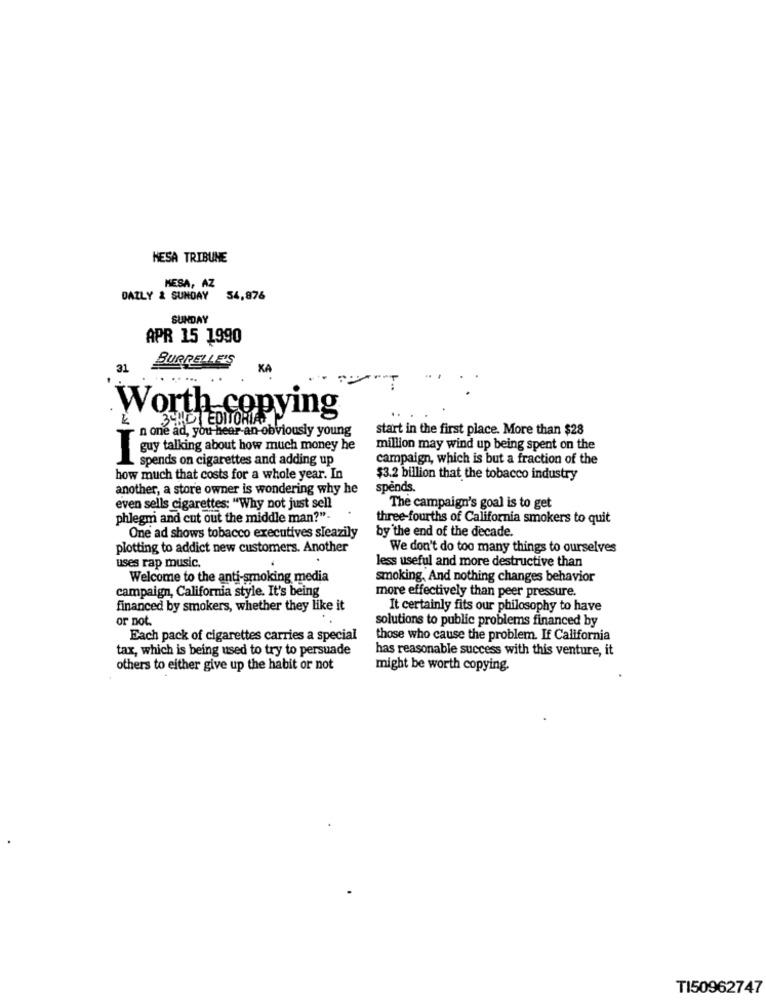
HESA TRIBUNE
MESA, AZ
DAILY & SUNDAY 54,876
SUNDAY
APR 15 1990
31
BURRELLE'S
KA
Worth copying
n one ad, you hear an-obviously young
348' EDITORIAS
start in the first place. More than $28
guy talking about how much money he
million may wind up being spent on the
spends on cigarettes and adding up
campaign, which is but a fraction of the
how much that costs for a whole year. In
$3.2 billion that the tobacco industry
another, a store owner is wondering why he
spends.
even sells cigarettes: "Why not just sell
The campaign's goal is to get
phlegm and cut out the middle man?"-
three-fourths of California smokers to quit
by the end of the decade.
One ad shows tobacco executives sleazily
plotting to addict new customers. Another
We don't do too many things to ourselves
less useful and more destructive than
uses rap music.
Welcome to the anti-smoking media
smoking, And nothing changes behavior
campaign, California style. It's being
more effectively than peer pressure.
financed by smokers, whether they like it
It certainly fits our philosophy to have
or not.
solutions to public problems financed by
Each pack of cigarettes carries a special
those who cause the problem. If California
tax, which is being used to try to persuade
has reasonable success with this venture, it
others to either give up the habit or not
might be worth copying.
TI50962747